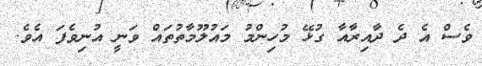
ވެސް އެ ދެ ދާއިރާއާ ގުޅޭ މުހިންމު މައުލޫމާތުތައް ވަނީ އުނިވެފަ އެވެ.